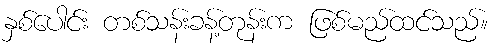
နှစ်ပေါင်း တစ်သန်းခန့်တုန်းက ဖြစ်မည်ထင်သည်။